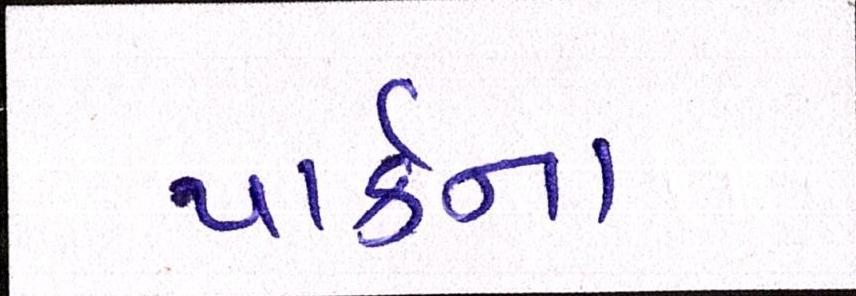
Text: પાર્કના